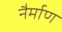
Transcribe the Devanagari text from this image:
नैर्माण